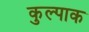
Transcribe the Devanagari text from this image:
कुल्पाक